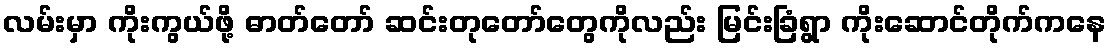
လမ်းမှာ ကိုးကွယ်ဖို့ ဓာတ်တော် ဆင်းတုတော်တွေကိုလည်း မြင်းခြံရွာ ကိုးဆောင်တိုက်ကနေ